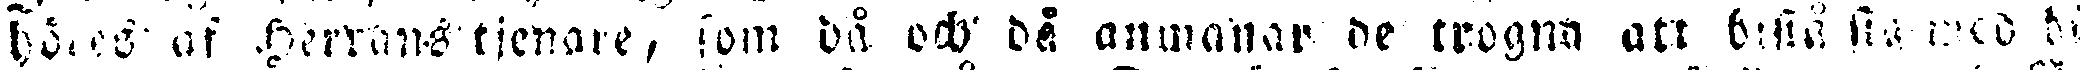
hörs af herrans tjenare, som då och då anmanar de trogna att bestå frå med bi